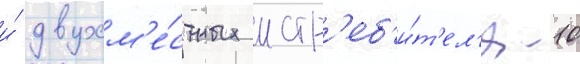
и́ двухм'е́стных истр'еб'и́т'ел'я -10